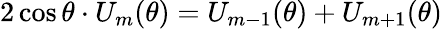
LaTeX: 2\cos\theta\cdot U_{m}(\theta)=U_{m-1}(\theta)+U_{m+1}(\theta)